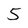
Character: 5